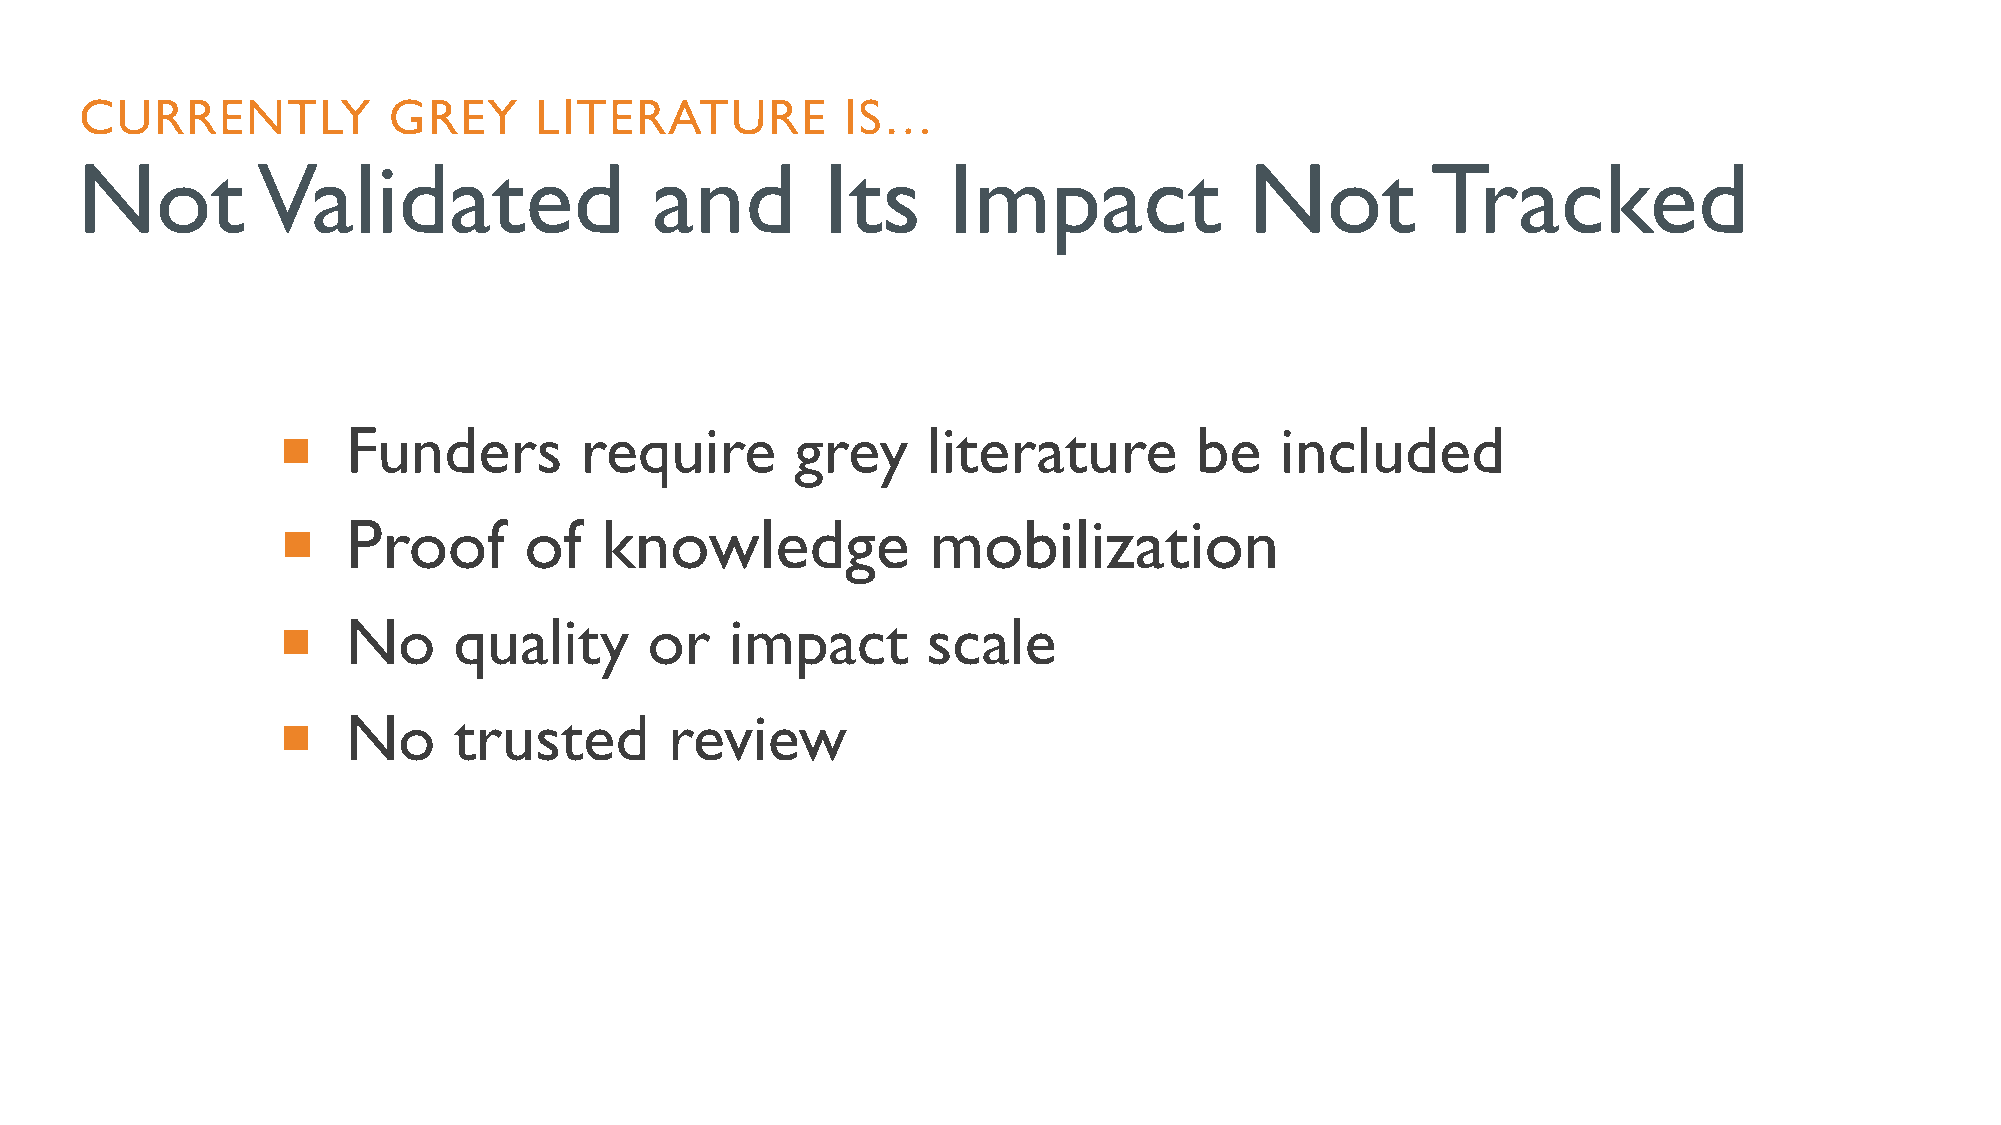
CURRENTLY            GREY     LITERATURE           IS…
 Not         Validated                 and         Its     Impact              Not         Tracked
 ¡    Funders        require        grey    literature        be    included
 ¡    Proof       of   knowledge             mobilization
 ¡    No     quality      or   impact       scale
 ¡    No     trusted       review